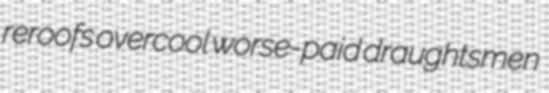
reroofs overcool worse-paid draughtsmen